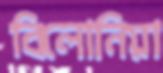
বিলোনিয়া